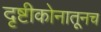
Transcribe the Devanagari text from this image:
दृष्टीकोनातूनच